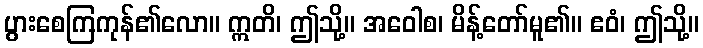
ပွားစေကြကုန်၏လော။ ဣတိ၊ ဤသို့။ အဝေါစ၊ မိန့်တော်မူ၏။ ဧဝံ၊ ဤသို့။